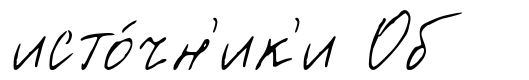
исто́чн'ик'и Об